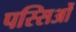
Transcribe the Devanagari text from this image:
पस्सिओं